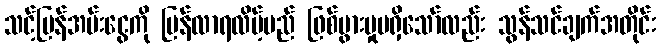
သင့်ပြန်အမ်းငွေကို ပြန်လာရလိမ့်မည် ဖြစ်ပွားမှုမရှိသော်လည်း သွန်သင်ချက်အတိုင်း